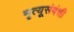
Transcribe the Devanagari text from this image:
मृत्यूसंबंधी